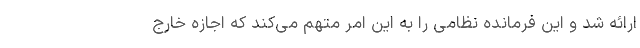
ارائه شد و این فرمانده نظامی را به این امر متهم می‌کند که اجازه خارج